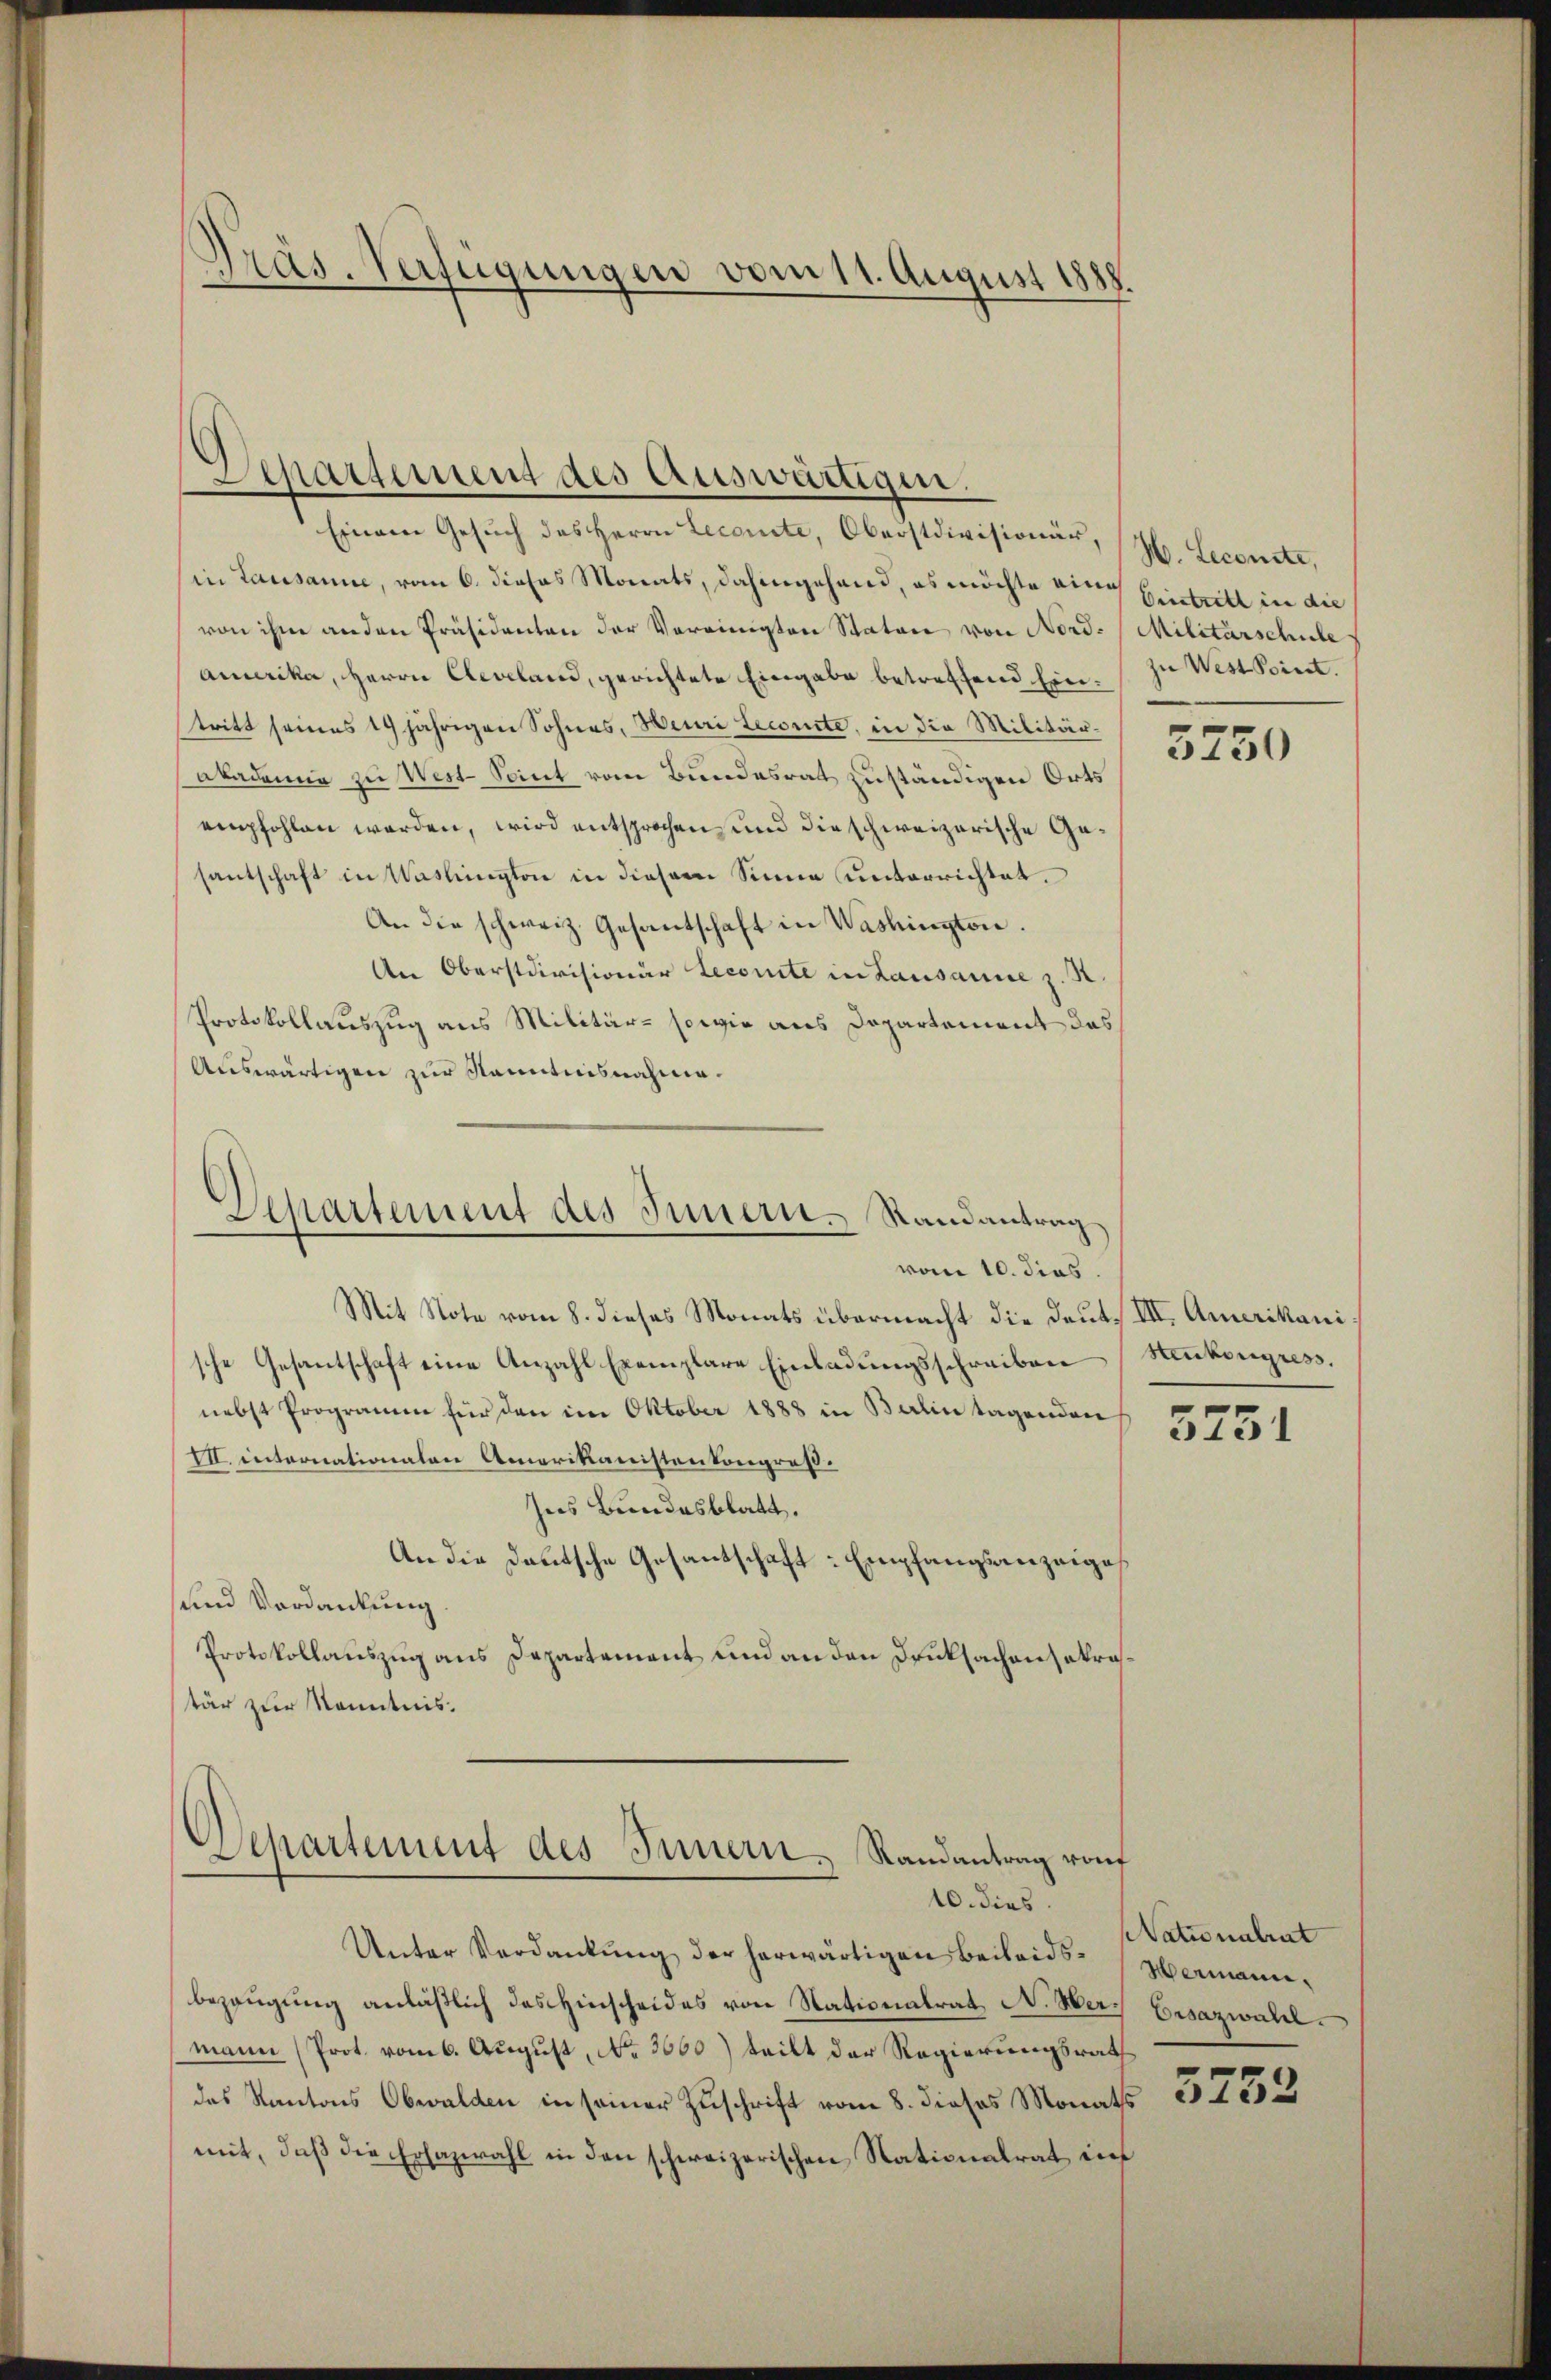
Präs. Verfügungen vom 11. August 1888.

Separtement des Auswärtigen.
Einem Gesŭch des Herrn Lecomite, Oberstdivisionär,

(in Lausanne, vom 6. dieses Monats, dahingehand, es möchte aine Eintritt in die
von ihm anden Präsidenten der Vereinigten Stator von Nord-Militärschule
Amerika, Herrn Cleveland, gerichtete Eingabe betreffend Eintritt seines 19 jährigen Sohnes, Heuri Licente, in die Militärakademie zu Wert-Sont vom Bundesrat zuständigen Orts
empfohlen werden, wird entsprochen und die schweizerische Gesantschaft in Washington in diesem Sinne unterrichtet.
An die schweiz. Gesantschaft in Washington.
An Oberstdivisionär Lecomite in Lausanne z. R
Protokollauszug aus Militär- sowie aus Departement das
Auswärtigen zur Kenntnisnahme.

Departement des Innern. Randantrag
vom 10. dies

Mit Note vom 8. dieses Monats übermacht die Deut. III. Amerikanische Gesantschaft eine Anzahl Exemplare Einladungsschreiben
nebst Programm für den im Oktober 1888 in Balin tagenden
VII. internationalen Amerikanistenkongreß.
Ins Bundesblatt.
An die Deutsche Gesantschaft Empfangsanzeige
und Verdankung
Protokollauszug aus Departement und an den Druksachensakratär zur Kenntnis.

chartement des Innern, Randantrag rouf
10. dies

H. Leconste,
zu West point.

Unter Verdankŭng der herwärtigen Beileids-Wermannbezeugung anläßlich das Hinscheides von Nationalrat N. Wer Ersazwahl
mann (Prot. vom 6. August, No 3660) teilt der Regierungsrath
das Kantons Obwalden in seiner Zuschrift vom 8. dieses Monats 3255
mit, daß die Erhazwahl in den schweizerischen Nationalrat in

3750

Stenkongress

5751

Nationalrat